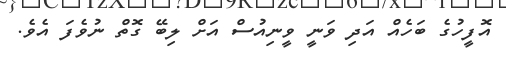
އޮފީހުގެ ބަހެއް އަދި ވަނީ ވީނިއުސް އަށް ލިބޭ ގޮތް ނުވެފަ އެވެ.